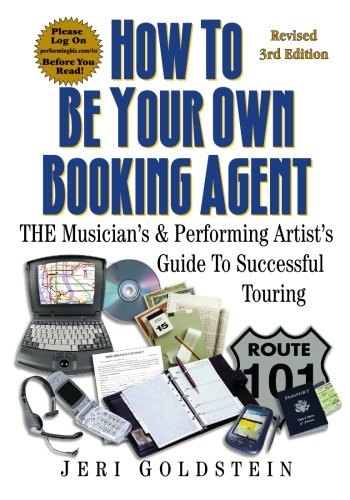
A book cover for How To Be Your Own Booking Agent: THE Musician's & Performing Artist's Guide To Successful Touring; Jeri Goldstein; Arts & Photography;